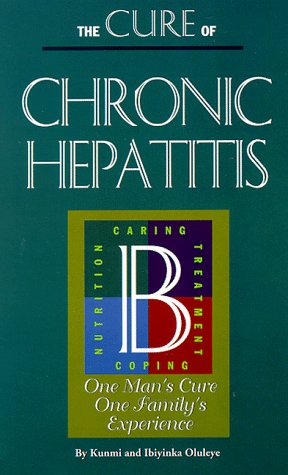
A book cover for The Cure of Chronic Hepatitis B: One Man's Cure One Family's Experience; Kunmi Oluleye; Health, Fitness & Dieting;